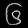
Digit: ၆